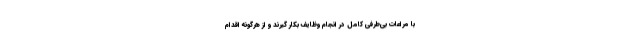
با مراعات بی‌طرفی کامل در انجام وظایف بکار گیرند و از هرگونه اقدام